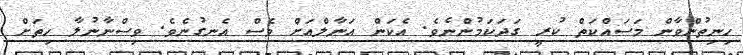
ހިނިތުންވާން މަސައްކަތް ކުރީ ގަދަކަމުންނެވެ. އެކަން އަނާލްއަށް ވެސް އެނގުނެވެ. ވިސްނާނުލާ ހިތަށް